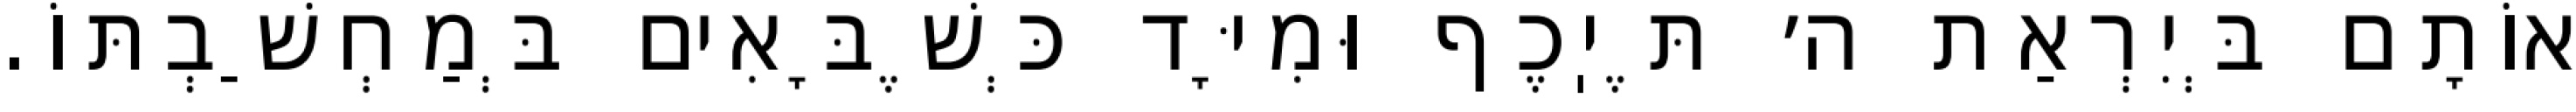
אוֹתָם בְּיִרְאַת ה׳ תֶּיֽכֶף וּמִיָּד כְּשֶׁבָּאִים בְּמַחְשַׁבְתּוֹ.